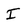
Character: I